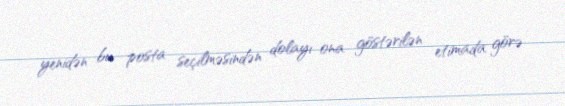
yenidən bu posta seçilməsindən dolayı ona göstərilən etimada görə